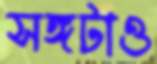
সঙ্গটাও